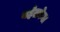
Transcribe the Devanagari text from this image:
यहेतकेल